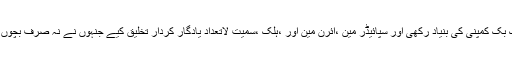
انیس سو ساٹھ میں مارویل کے نام سے کامک بک کمپنی کی بنیاد رکھی اور سپائیڈر مین ،آئرن مین اور ،ہلک ،سمیت لاتعداد یادگار کردار تخلیق کیے جنہوں نے نہ صرف بچوں بلکہ بڑوں کے دل میں بھی خوب جگہ بنائی۔